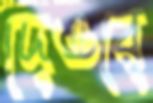
দেওরে